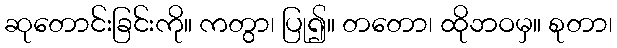
ဆုတောင်းခြင်းကို။ ကတွာ၊ ပြု၍။ တတော၊ ထိုဘဝမှ။ စုတာ၊